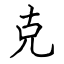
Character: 克